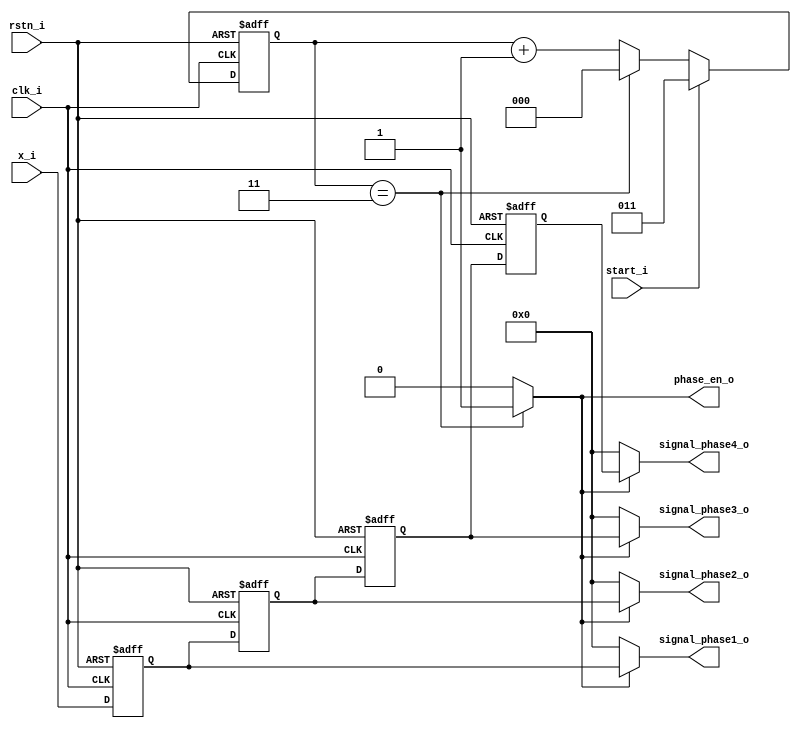
// 

module shift_reg(
    input  wire       clk_i   ,
    input  wire       rstn_i  ,

    input  wire       start_i , // 
    input  wire[10:0] x_i     ,
    output wire       phase_en_o,
    output wire[10:0] signal_phase1_o,
    output wire[10:0] signal_phase2_o,
    output wire[10:0] signal_phase3_o,
    output wire[10:0] signal_phase4_o
);

localparam PHASE_NUM = 4;

reg[2:0] reg_cnt;
reg[10:0] reg_shift[0:PHASE_NUM - 1];

// 
assign phase_en_o = (reg_cnt == 'd3) ? 1'b1 : 1'b0;

// 
assign signal_phase1_o = (phase_en_o == 1'b1) ? reg_shift[0] : 'd0;
assign signal_phase2_o = (phase_en_o == 1'b1) ? reg_shift[1] : 'd0;
assign signal_phase3_o = (phase_en_o == 1'b1) ? reg_shift[2] : 'd0;
assign signal_phase4_o = (phase_en_o == 1'b1) ? reg_shift[3] : 'd0;

// reg_cnt: 
always @(posedge clk_i or negedge rstn_i) begin
    if(!rstn_i)
        reg_cnt <= 'd0;
    else if(start_i)
        reg_cnt <= 'd3;
    else if(reg_cnt == 3'd3)
        reg_cnt <= 'd0;
    else
        reg_cnt <= reg_cnt + 1'b1;
end

// reg_shift: 
integer i;
always @(posedge clk_i or negedge rstn_i) begin
    if(!rstn_i) begin
        for(i = 0; i < PHASE_NUM; i = i + 1) begin
            reg_shift[i] <= 'd0;
        end
    end else begin
        // if(start_i == 1'b1) begin
            reg_shift[0] <= x_i;
            for(i = 0; i < PHASE_NUM - 1; i = i + 1) begin
                reg_shift[i+1] <= reg_shift[i];
            end
        // end
    end
end

endmodule